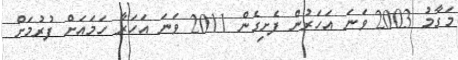
މަގާމު 2003 ވަނަ އަހަރުން ފެށިގެން 2011 ވަނަ އަހަރާ ހަމައަށް ފުރުމަށް